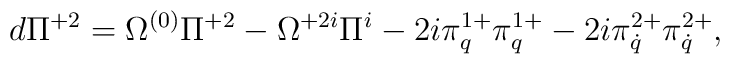
d\Pi^{+2}=\Omega^{(0)}\Pi^{+2}-\Omega^{+2i}\Pi^i-2i\pi^{1+}_q\pi^{1+}_q-2i\pi^{2+}_{\dot q}\pi^{2+}_{\dot q},